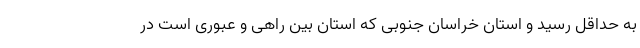
به حداقل رسید و استان خراسان جنوبی که استان بین راهی و عبوری است در